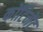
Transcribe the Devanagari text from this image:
कोंटिनेंट